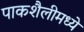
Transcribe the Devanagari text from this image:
पाकशैलीमध्ये